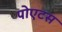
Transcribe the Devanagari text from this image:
पोएटस